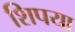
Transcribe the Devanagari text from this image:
शिपया